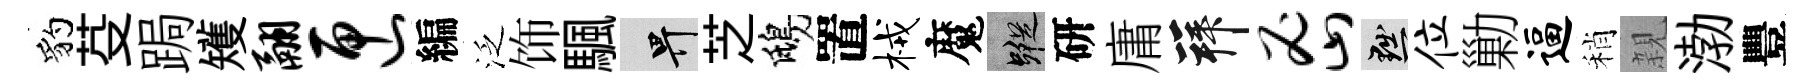
豹芟跼矱翮匣編泛饰颿畀芝鴟置械魔蹤研庸拜密黜位勦逼稍親渤豐